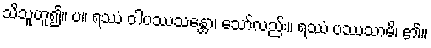
သိသူဟူ၍။ ပ။ ရဿံ ဝါပဿသန္တော၊ သော်လည်း။ ရဿံ ပဿသာမိ၊ ၏။